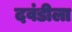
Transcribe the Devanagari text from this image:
दवंडीला